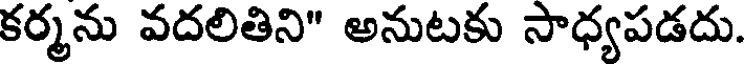
కర్మను వదలితిని" అనుటకు సాధ్యపడదు.